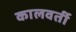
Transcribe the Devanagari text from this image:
कालवर्ती